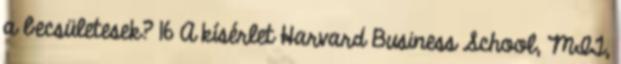
a becsületesek? 16 A kísérlet Harvard Business School, MIT,